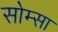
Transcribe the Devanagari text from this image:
सोम्सा